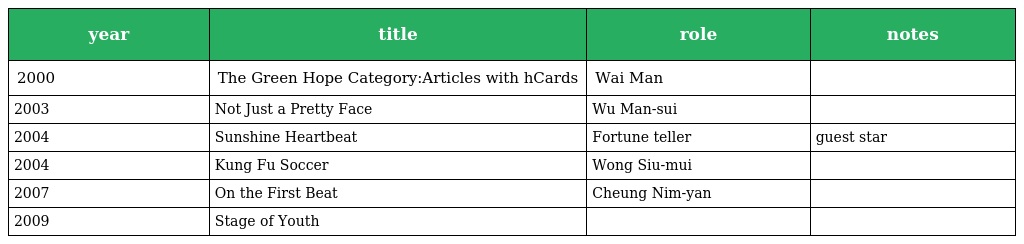
| year | title | role | notes |
 | --- | --- | --- | --- |
 | 2000 | The Green Hope Category:Articles with hCards | Wai Man |  |
 | 2003 | Not Just a Pretty Face | Wu Man-sui |  |
 | 2004 | Sunshine Heartbeat | Fortune teller | guest star |
 | 2004 | Kung Fu Soccer | Wong Siu-mui |  |
 | 2007 | On the First Beat | Cheung Nim-yan |  |
 | 2009 | Stage of Youth |  |  |